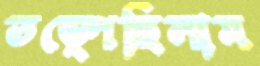
তড়্‌পেছিলাম